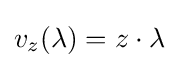
v_{z}(\lambda )=z\cdot \lambda